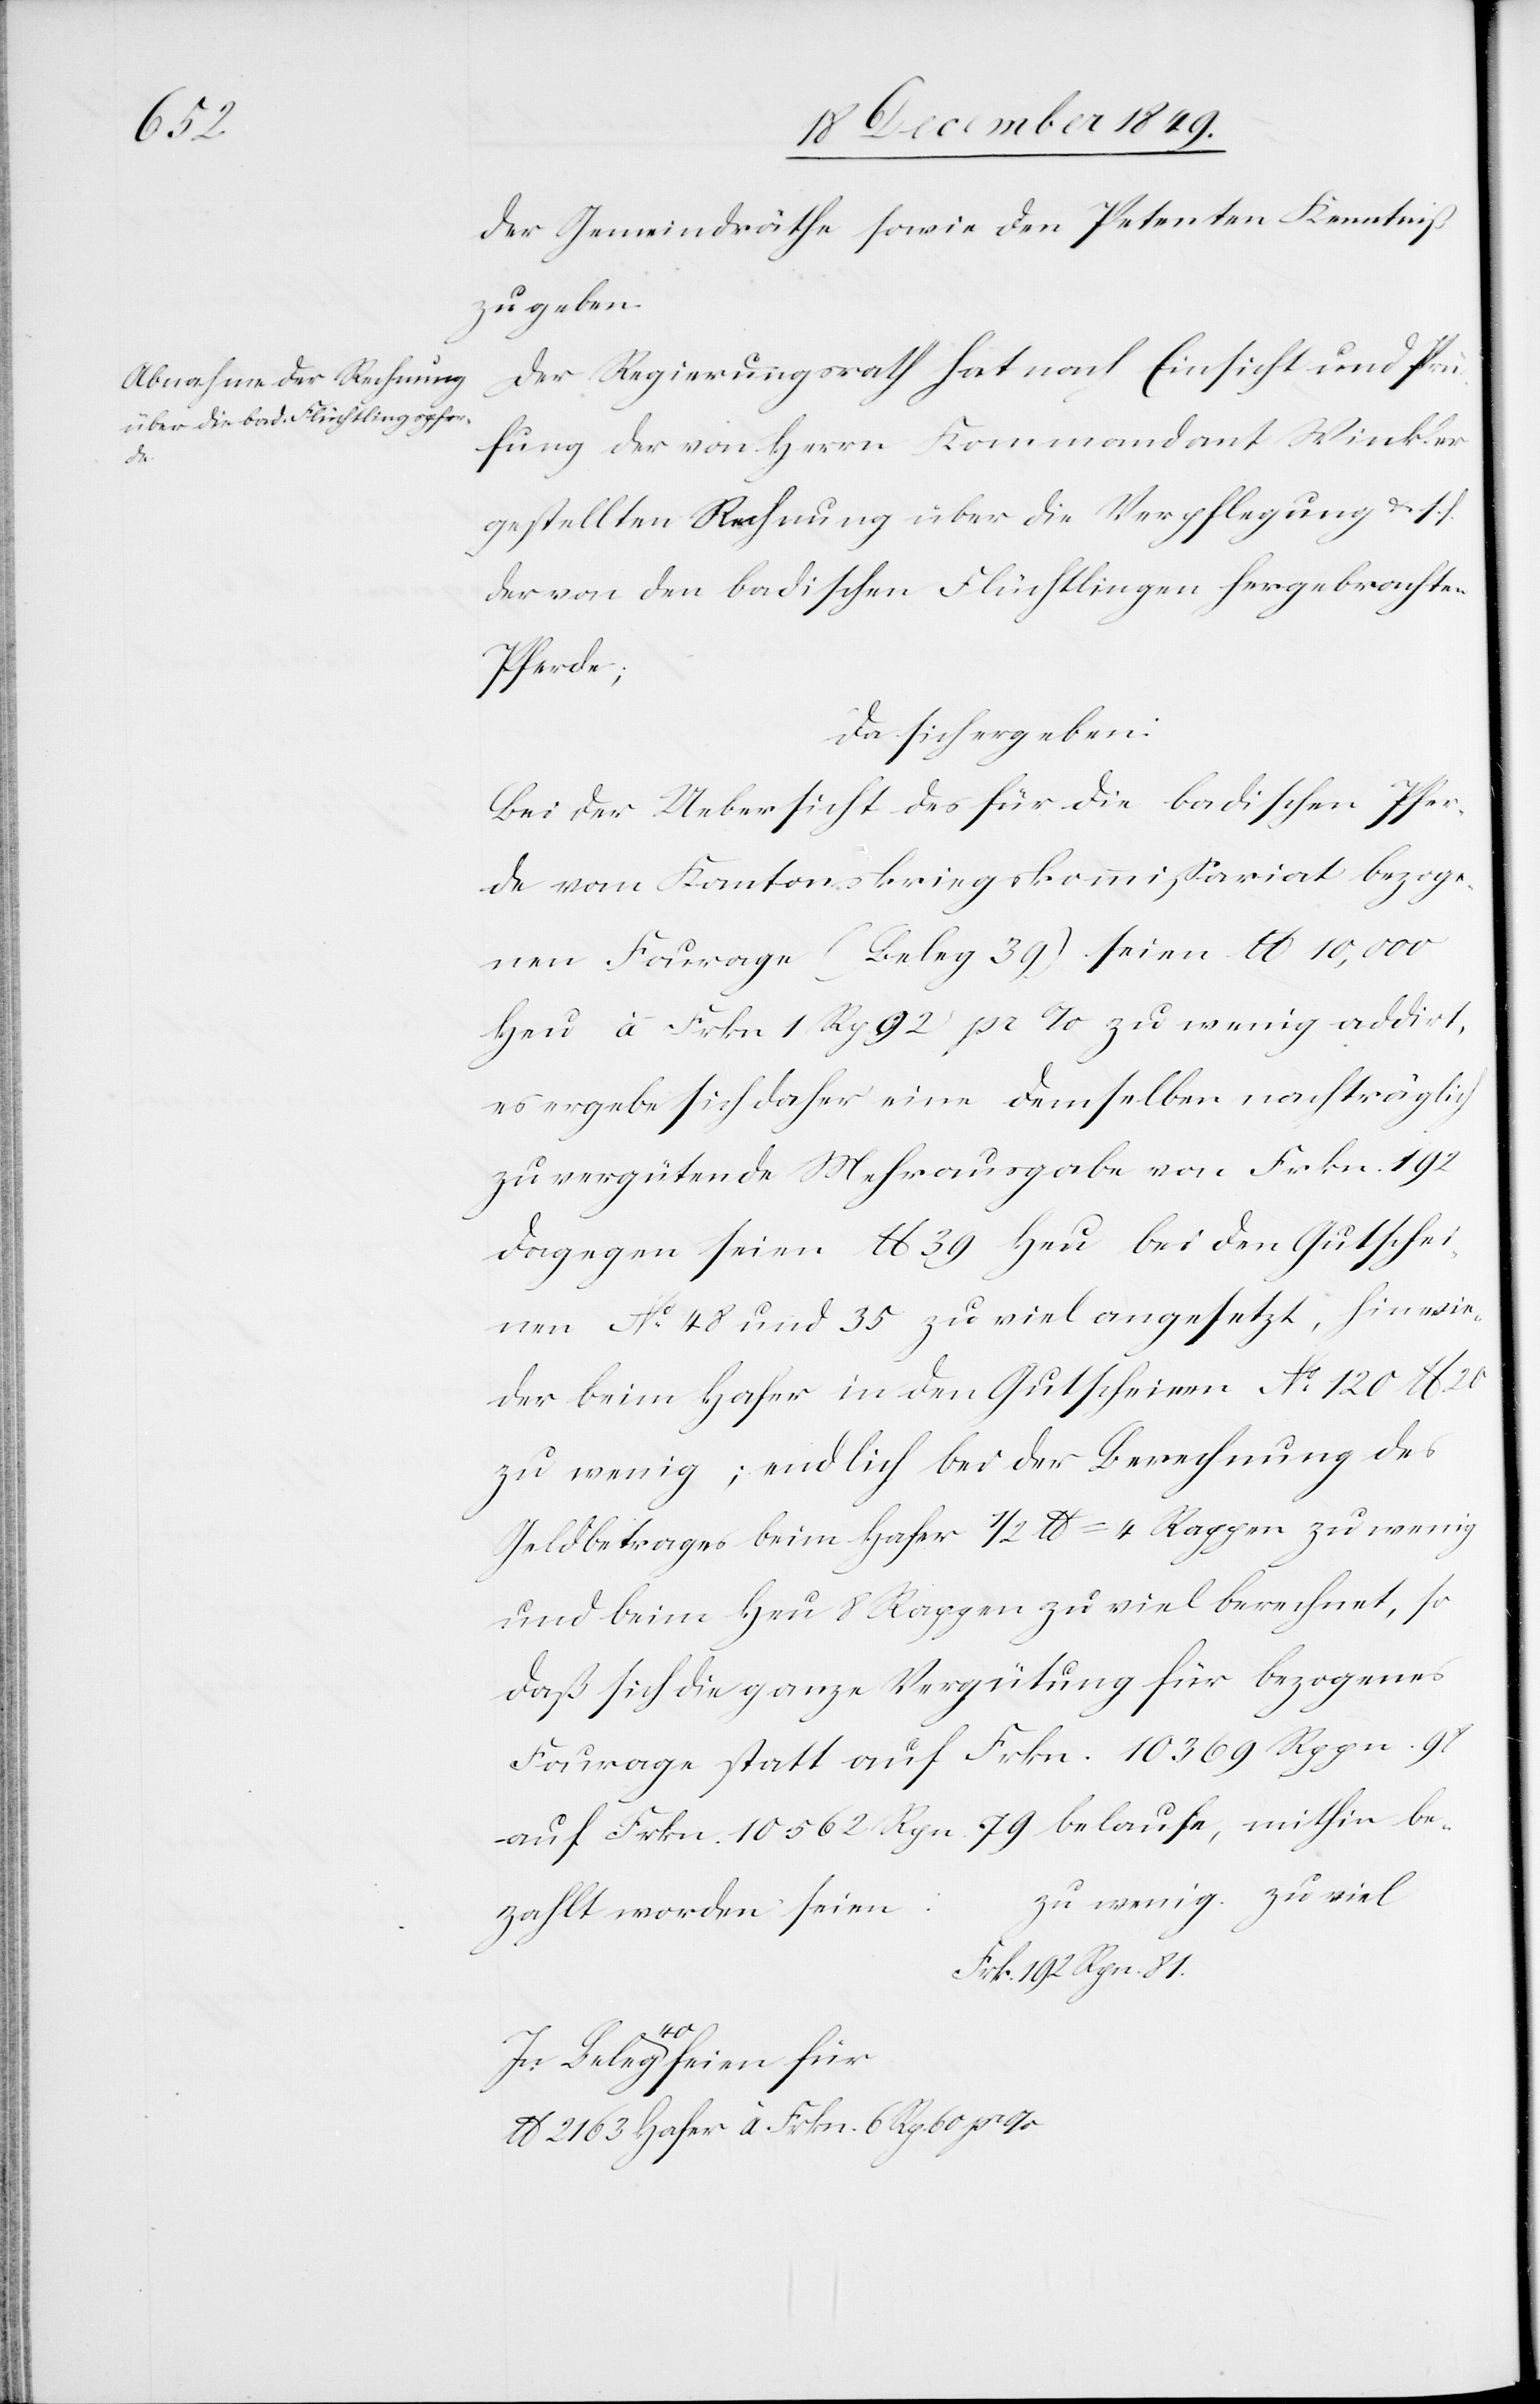
60 pro

der Gemeindräthe sowie den Petenten Kenntniß
zu geben.
Der Regierungsrath hat nach Einsicht und Prü¬
fung der von Herrn Kommandant Winkler
gestellten Rechnung über die Verpflegung u. s. f.
der von den badischen Flüchtlingen hergebrachten
Hafer
da sich ergeben:
Bei der Uebersicht des für die badischen Pfer¬
de vom Kantonskriegskommißariat bezoge¬
nen Fourrage (Beleg 39) seien lb 10,000
Heu à Frkn. 1 Rp 92 pro % zu wenig addirt,
es ergebe sich daher eine demselben nachträglich
zu vergütende Mehrausgabe von Frkn. 192.
Dagegen seien lb 39 Heu bei den Gutschei¬
nen N° 48 und 35 zu viel angesetzt, hinwie¬
der beim Hafer in den Gutscheinen N° 120 lb 20
zu wenig; endlich bei der Berechnung des
Geldbetrages beim Hafer 1/2 lb=4 Rappen zu wenig
und beim Heu 8 Rappen zu viel berechnet, so
daß sich die ganze Vergütung für bezogenes
Fourrage statt auf Frkn. 10,369 Rppn. 98
zahlt worden seien:
Frk. 192 Rpn.
40